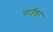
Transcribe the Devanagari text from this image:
पाउँडर